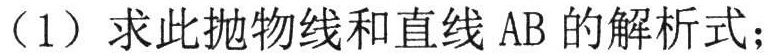
（1）求此抛物线和直线 AB 的解析式；